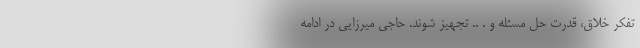
تفکر خلاق، قدرت حل مسئله و . .. تجهیز شوند. حاجی میرزایی در ادامه